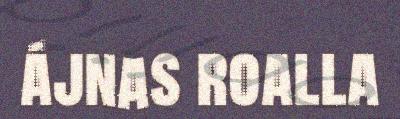
ájnas roalla